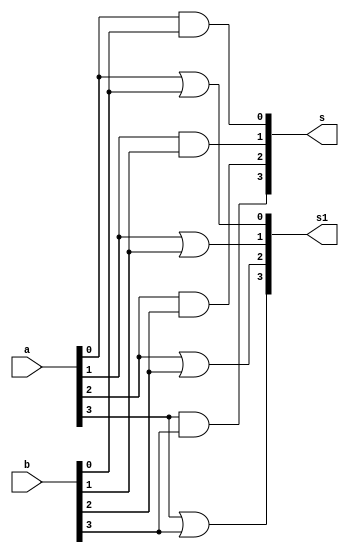
// ------------------------- 
// Exemplo0031 - F4 
// Nome: Marlon Henrique de Azeredo Formiga 
// ------------------------- 

// ------------------------- 
// f4_gate 
// ------------------------- 
module f4 (output [3:0] s, 
	output [3:0] s1,
	input [3:0] a, 
	input [3:0] b); 

// descrever por portas 

	and and1(s[0], a[0], b[0]);
	and and2(s[1], a[1], b[1]);
	and and3(s[2], a[2], b[2]);
	and and4(s[3], a[3], b[3]);
	
	or or1(s1[0], a[0], b[0]);
	or or2(s1[1], a[1], b[1]);
	or or3(s1[2], a[2], b[2]);
	or or4(s1[3], a[3], b[3]);

endmodule // f4 

module test_f4; 
// ------------------------- definir dados 
	reg [3:0] x; 
	reg [3:0] y; 
	wire [3:0] z;//--AND
	wire [3:0] w;//--OR 

	f4 modulo (z, w, x, y); 

// ------------------------- parte principal 

initial begin 
	$display("Exemplo0031 - Marlon Henrique de Azeredo Formiga - 397248"); 
	$display("Test LU's module"); 

	x = 4'b0011; y = 4'b0101; 

	// projetar testes do modulo 
	#1 $display("%3b %3b %3b %3b", x, y, z, w); 
	
	end 

endmodule // test_f4